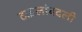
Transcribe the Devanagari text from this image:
टाइलांबदली